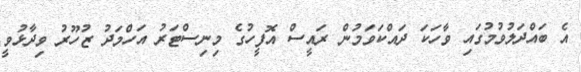
އެ ބައްދަލުވުމުގައި ވާހަކަ ދައްކަވަމުން ރައީސް އޮފީހުގެ މިނިސްޓަރު އަހްމަދު ޒުހޫރު ވިދާޅުވީ